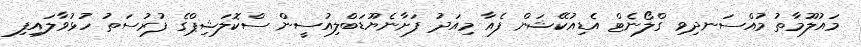
މައުލޫމާތު މުއްސަނދިވި ގްލޯނެޓް އެޑިއުކޭޝަން ފެއާ މިއަދު ފަށާނެޔޫޑަބްލިއުސީން ސްކޮލަޝިޕްގެ ފުރުސަތު ހުޅުވާލައިފި